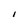
Character: I